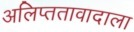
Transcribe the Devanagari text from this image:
अलिप्ततावादाला